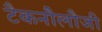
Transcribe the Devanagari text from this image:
टैकनौेलौजी